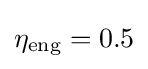
\eta _{\text{eng}}=0.5